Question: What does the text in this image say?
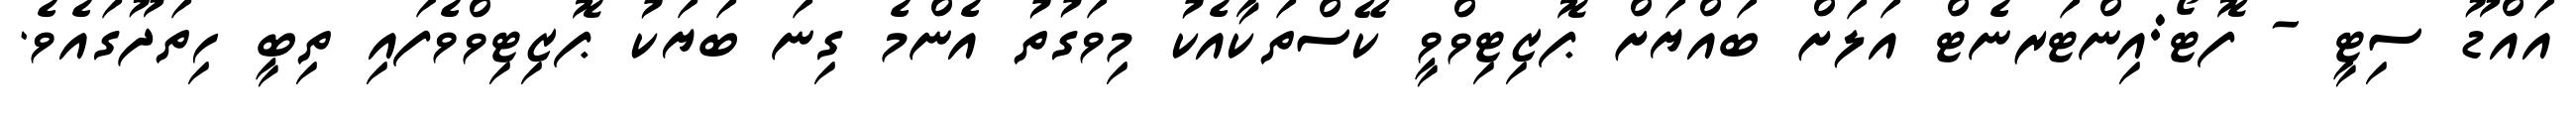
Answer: އައްޑޫ ސިޓީ - ފޮޓޯ:އިންޓަރނެޓް އަލަށް ބައްޔަށް ޕޮޒިޓިވްވީ ކޭސްތަކާއެކު މިވަގުތު އެންމެ ގިނަ ބަޔަކު ޕޮޒިޓިވްވެފައި ތިބީ ހިތަދޫގައެވެ.